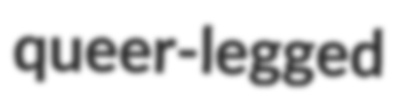
queer-legged